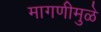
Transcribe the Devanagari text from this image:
मागणीमुळे